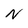
Character: N